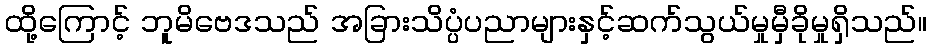
ထို့ကြောင့် ဘူမိဗေဒသည် အခြားသိပ္ပံပညာများနှင့်ဆက်သွယ်မှုမှီခိုမှုရှိသည်။